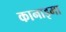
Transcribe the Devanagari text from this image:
कानाइमा